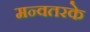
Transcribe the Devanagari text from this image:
मन्वतरके